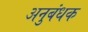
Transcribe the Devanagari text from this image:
अनुबंधक